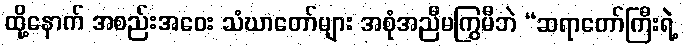
ထို့နောက် အစည်းအဝေး သံဃာတော်များ အစုံအညီမကြွမီဘဲ “ဆရာတော်ကြီးရဲ့